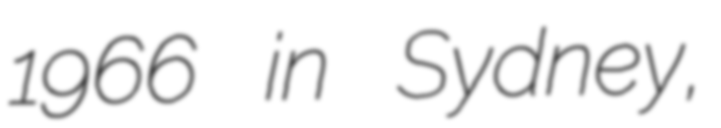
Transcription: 1966 in Sydney,